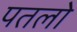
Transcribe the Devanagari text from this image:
पतलो